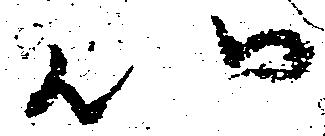
以